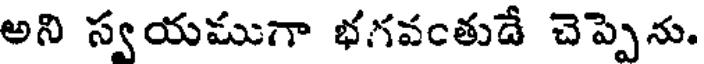
అని స్వయముగా భగవంతుడే చెప్పెను.